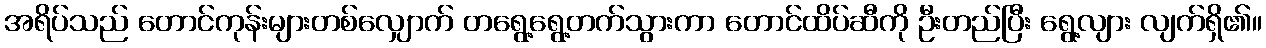
အရိပ်သည် တောင်ကုန်းများတစ်လျှောက် တရွေ့ရွေ့တက်သွားကာ တောင်ထိပ်ဆီကို ဦးတည်ပြီး ရွေ့လျား လျက်ရှိ၏။